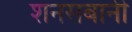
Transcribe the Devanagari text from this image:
शनसबानी